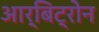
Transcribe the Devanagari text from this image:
आर्बिट्रोन